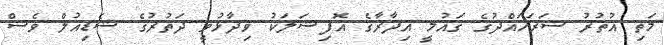
މަތި އުތުރު ސަރަހައްދުގެ ގައުމީ އިދާރާގެ އޮފިޝަލަކު ވިދާޅުވީ ދަތުރުގެ ޝެޑިއުލް ވެސް